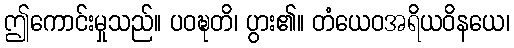
ဤကောင်းမှုသည်။ ပဝဍ္ဎတိ၊ ပွား၏။ တံယေဝအရိယဝိနယေ၊